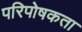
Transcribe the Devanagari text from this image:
परिपोषकता